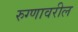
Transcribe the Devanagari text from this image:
रुग्णावरील